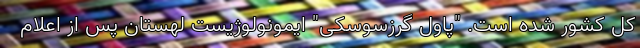
کل کشور شده است. "پاول گرزسوسکی" ایمونولوژیست لهستان پس از اعلام